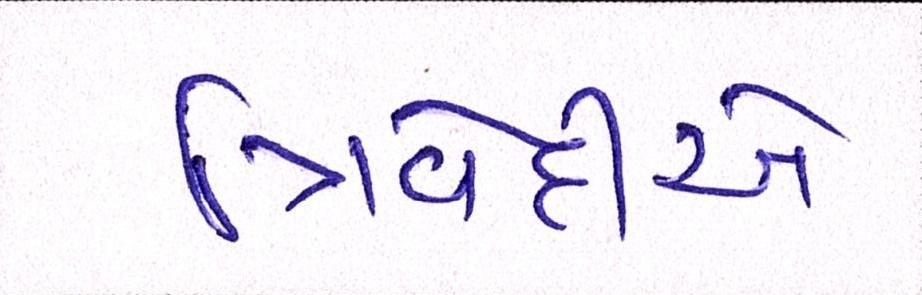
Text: ત્રિવેદીએ